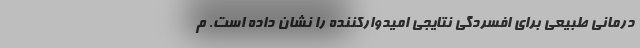
درمانی طبیعی برای افسردگی نتایجی امیدوارکننده را نشان داده است. م